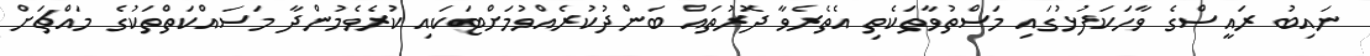
ނައިބު ރައީސްގެ ވާހަކަފުޅުގައި މަސްތުވާތަކެތި އެތެރެވާ ދޮރުތައް ބަންދުކުރެއްވުމަށްޓަކައި ކުރެވެމުންދާ މަސައްކަތްތަކުގެ މައްޗަށް